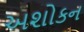
અશોકન